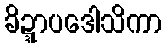
ခိဍ္ဍာပဒေါသိကာ